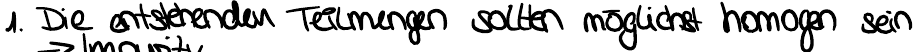
1. Die entstehenden Teilmengen sollten möglichst homogen sein